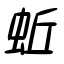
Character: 蚯